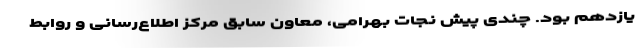
یازدهم بود. چندی پیش نجات بهرامی، معاون سابق مرکز اطلاع‌رسانی و روابط